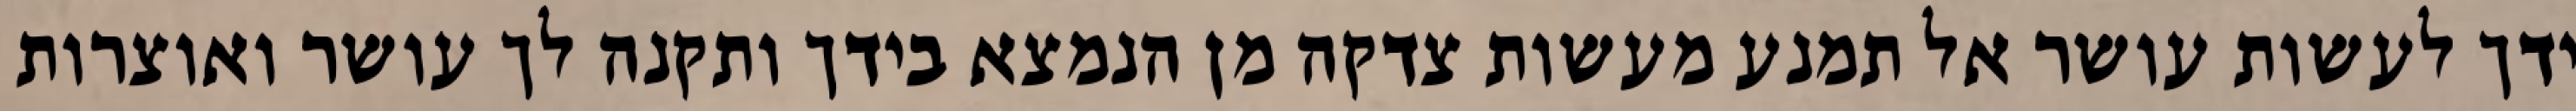
ידך לעשות עושר אל תמנע מעשות צדקה מן הנמצא בידך ותקנה לך עושר ואוצרות